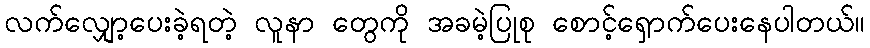
လက်လျှော့ပေးခဲ့ရတဲ့ လူနာ တွေကို အခမဲ့ပြုစု စောင့်ရှောက်ပေးနေပါတယ်။